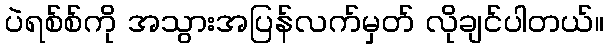
ပဲရစ်စ်ကို အသွားအပြန်လက်မှတ် လိုချင်ပါတယ်။